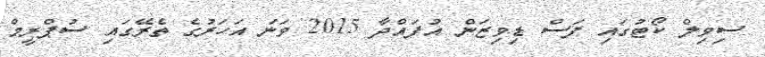
ސިވިލް ކޯޓުގައި ފަސް ޑިވިޒަން އުފައްދާ 2015 ވަނަ އަހަރުގެ ތެރޭގައި ސުޕްރީމް